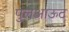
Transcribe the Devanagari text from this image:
पुलआऊट